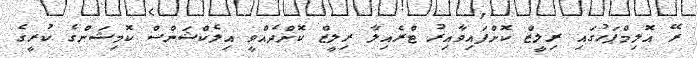
ރޭ އޮލިމްޕަހުގައިި ރިލީޒް ކޮށްފައިވާއިރު ޓްރެއިލާ ރިލީޒް ކޮށްދެއްވީ އިލެކްޝަންސް ކޮމިޝަންގެ ކުރީގެ